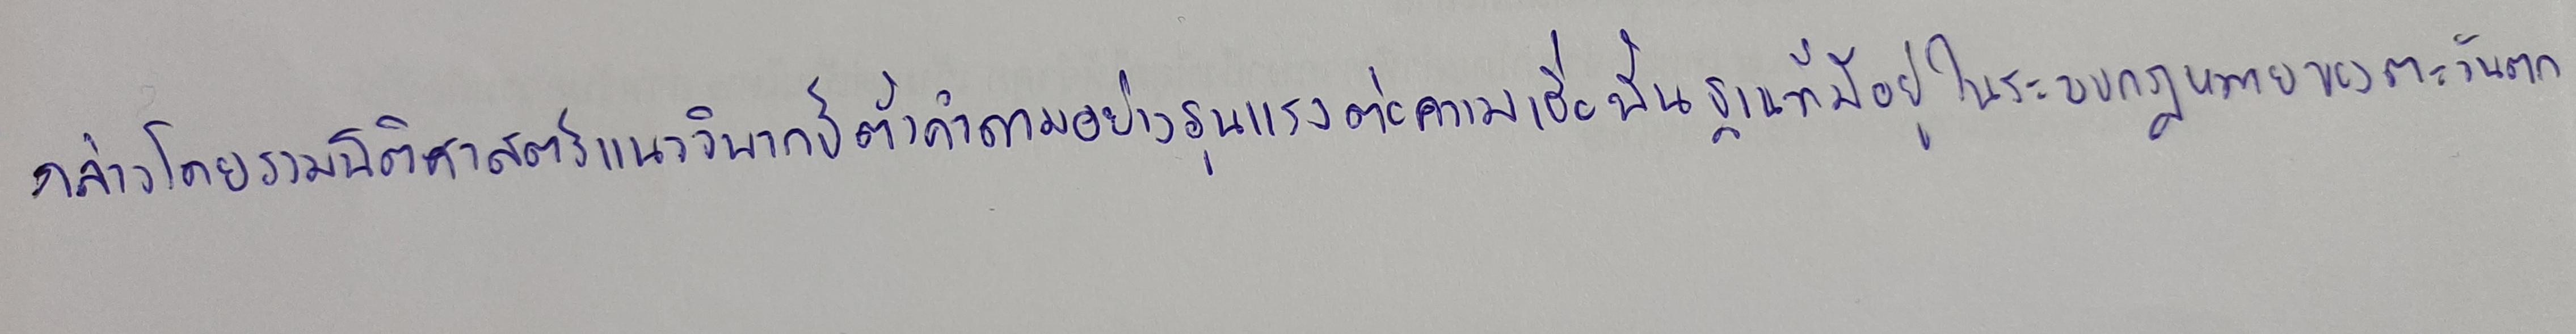
กล่าวโดยรวมนิติศาสตร์แนววิพากษ์ตั้งคำถามอย่างรุนแรงต่อความเชื่อพื้นฐานที่มีอยู่ในระบบกฎหมายของตะวันตก